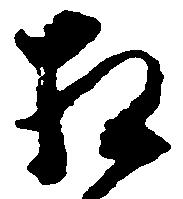
相